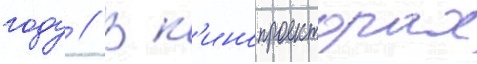
году // В к'инопроекторах